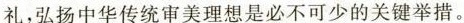
礼,弘扬中华传统审美理想是必不可少的关键举措。